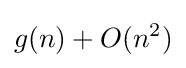
g(n)+O(n^{2})